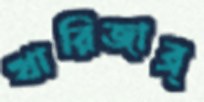
খারিজাব্র্